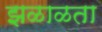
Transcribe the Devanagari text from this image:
झळाळता